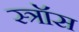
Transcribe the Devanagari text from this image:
स्त्रॉस